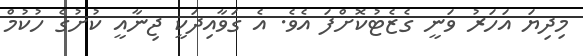
މިދިޔަ އަހަރު ވަނީ ގެޒެޓުކޮށްފަ އެވެ. އެ ގަވާއިދަކީ ޖިނާއީ ކުށުގެ ހުކުމް